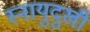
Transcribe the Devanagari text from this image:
स्नायुदुखी